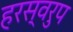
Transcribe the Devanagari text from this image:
हरस्वरुप